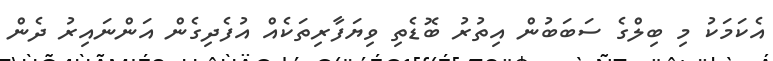
އެކަމަކު މި ބިލްގެ ސަބަބުން އިތުރު ބޮޑެތި ވިޔަފާރިތަކެއް އުފެދިގެން އަންނައިރު ދެން